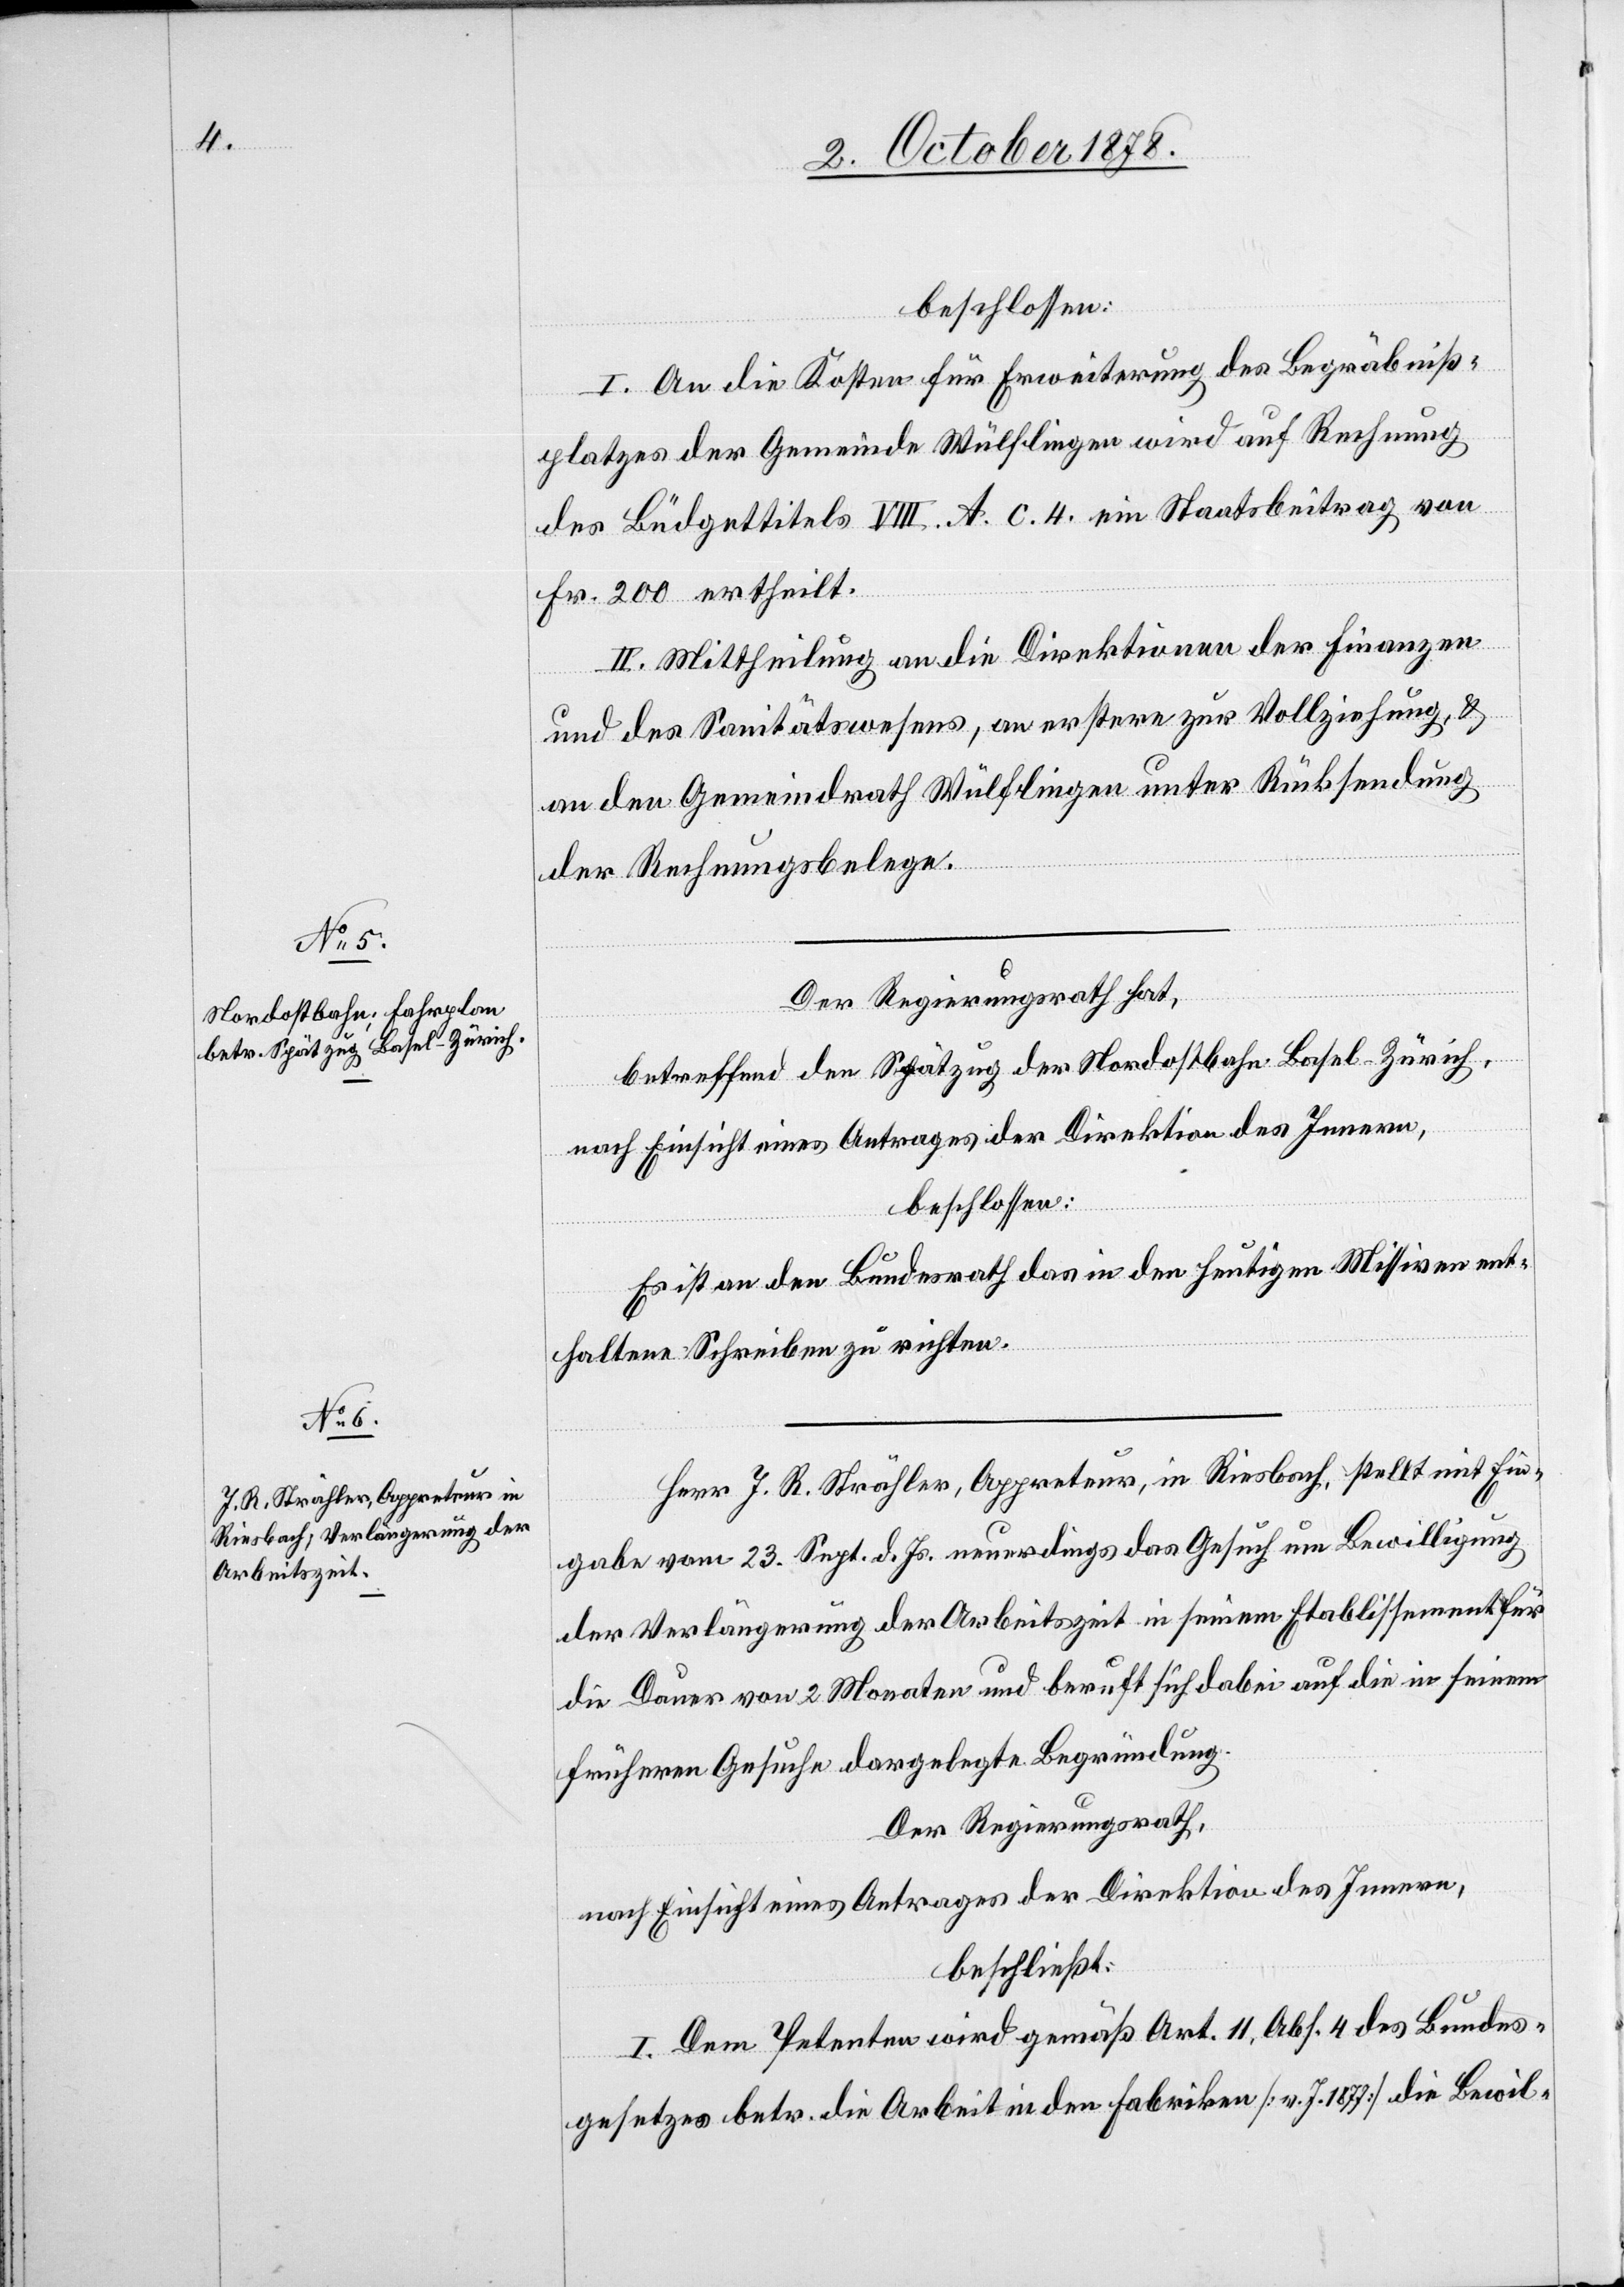
beschlossen:
I. An die Kosten für Erweiterung des Begräbniß¬
platzes der Gemeinde Wülflingen wird auf Rechnung
des Büdgettitels VIII. A. c. 4. ein Staatsbeitrag von
Fr. 200 ertheilt.
II. Mittheilung an die Direktionen der Finanzen
und des Sanitätswesens, an erstere zur Vollziehung, &
an den Gemeindrath Wülflingen unter Rücksendung
der Rechnungsbelege.
Der Regierungsrath hat,
betreffend den Spätzug der Nordostbahn Basel–Zürich,
nach Einsicht eines Antrages der Direktion des Innern,
beschlossen:
Es ist an den Bundesrath das in den heutigen Missiven ent¬
haltene Schreiben zu richten.